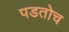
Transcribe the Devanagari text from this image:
पडतोच